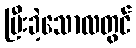
ပြီးခဲ့သောလတွင်